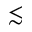
\lesssim